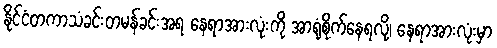
နိုင်ငံတကာသံခင်းတမန်ခင်းအရ နေရာအားလုံးကို အာရုံစိုက်နေရလို့၊ နေရာအားလုံးမှာ